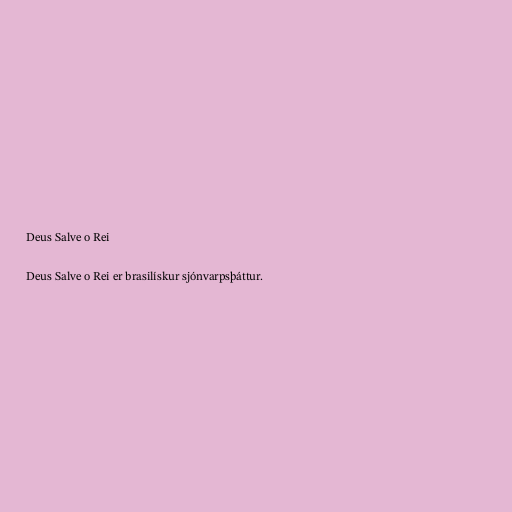
Deus Salve o Rei

Deus Salve o Rei er brasilískur sjónvarpsþáttur.